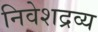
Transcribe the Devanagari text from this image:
निवेशद्रव्य